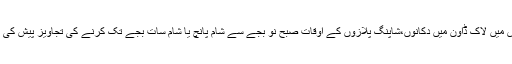
جلاس میں لاک ڈاون میں دکانوں،شاپنگ پلازوں کے اوقات صبح نو بجے سے شام پانچ یا شام سات بجے تک کرنے کی تجاویز پیش کی گئیں۔